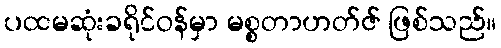
ပထမဆုံးခရိုင်ဝန်မှာ မစ္စတာဟတ်ဇ် ဖြစ်သည်။